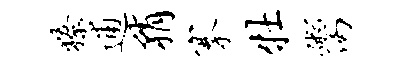
獠逋稍搴牡鬻